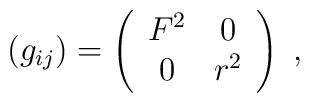
(g_{ij})=\left(        \begin{array}{cc}        F^2&0\\        0&r^2        \end{array}\right)\;,